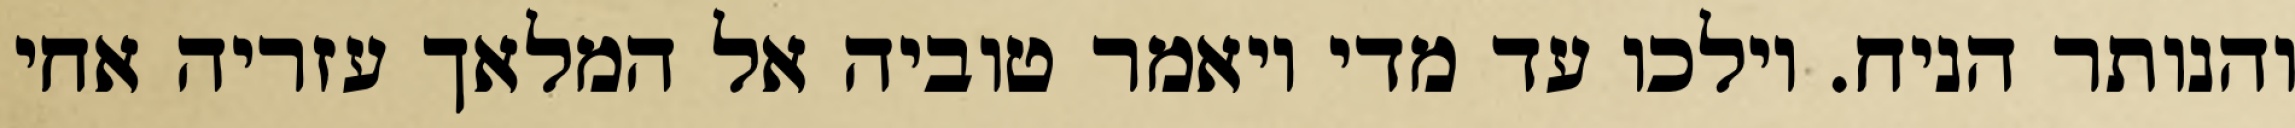
והנותר הניח. וילכו עד מדי ויאמר טוביה אל המלאך עזריה אחי